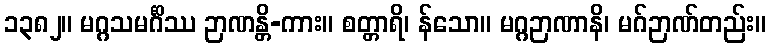
၁၃၈၂။ မဂ္ဂသမင်္ဂိဿ ဉာဏန္တိ-ကား။ စတ္တာရိ၊ န်သော။ မဂ္ဂဉာဏာနိ၊ မဂ်ဉာဏ်တည်း။